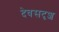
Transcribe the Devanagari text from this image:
देवसदृश